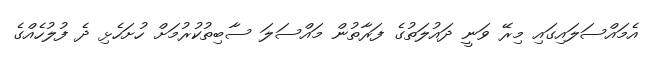
އެމައްސަލައިގައި މިރޭ ވަނީ ދައުލަތުގެ ފަރާތުން މައްސަލަަަ ސާބިތުކުރުމަށް ހުށަހެޅި ދެ ފުލުހެއްގެ